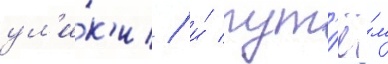
ул'и́к'и / и́ пут'ё́м